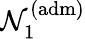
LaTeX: \mathcal{N}_{1}^{\mathrm{{(adm)}}}